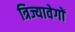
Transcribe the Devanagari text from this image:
त्रिज्यावेगों